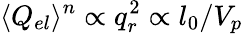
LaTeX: \langle Q_{el}\rangle^{n}\propto q_{r}^{2}\propto l_{0}/V_{p}